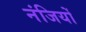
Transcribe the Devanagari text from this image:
नंजियों